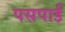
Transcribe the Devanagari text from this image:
पसपाई